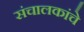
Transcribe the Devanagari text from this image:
संचालकांचे